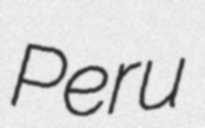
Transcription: Peru